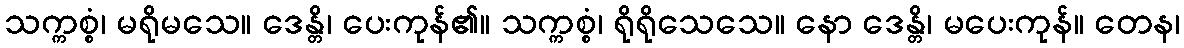
သက္ကစ္စံ၊ မရိုမသေ။ ဒေန္တိ၊ ပေးကုန်၏။ သက္ကစ္စံ၊ ရိုရိုသေသေ။ နော ဒေန္တိ၊ မပေးကုန်။ တေန၊